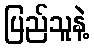
ပြည်သူနဲ့